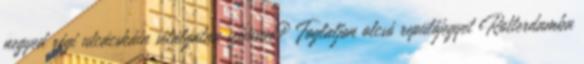
negyed régi utcácskáin sétálgatna szívesen? Foglaljon olcsó repülőjegyet Rotterdamba